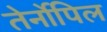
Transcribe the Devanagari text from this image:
तेर्नोपिल